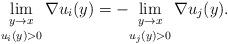
LaTeX: \begin{align*}\underset {u_{i}(y) > 0} {\underset{ y\rightarrow x} { \lim}} \, \nabla u_{i}(y)=- \underset {u_{j}(y) > 0} {\underset{ y\rightarrow x} { \lim}} \, \nabla u_{j}(y).\end{align*}